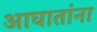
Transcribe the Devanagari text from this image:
आघातांना